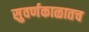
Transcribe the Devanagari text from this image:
सुवर्णकाळातच